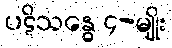
ပဋိသန္ဓေ ၄-မျိုး